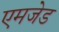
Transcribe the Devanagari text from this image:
एमजेड